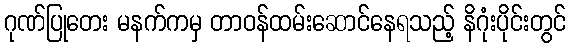
ဂုဏ်ပြုတေး မနက်ကမှ တာဝန်ထမ်းဆောင်နေရသည့် နိဂုံးပိုင်းတွင်